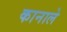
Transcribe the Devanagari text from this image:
कानाले